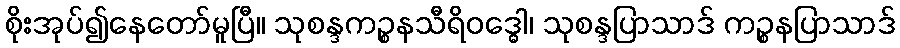
စိုးအုပ်၍နေတော်မူပြီ။ သုစန္ဒကဉ္စနသီရိဝဒ္ဓေါ၊ သုစန္ဒပြာသာဒ် ကဉ္စနပြာသာဒ်